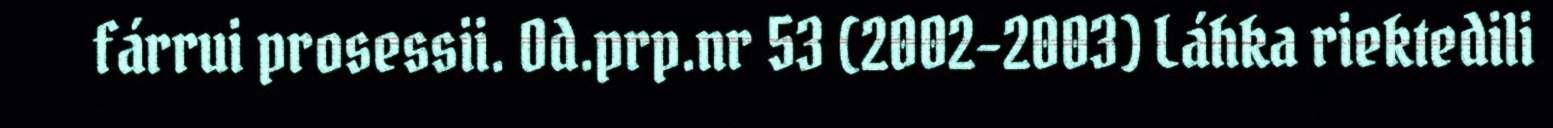
fárrui prosessii. Od.prp.nr 53 (2002–2003) Láhka riektedili